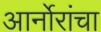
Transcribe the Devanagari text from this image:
आर्नोरांचा